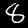
Label: 8